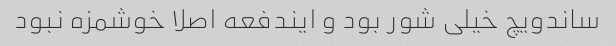
ساندویچ خیلی شور بود و ایندفعه اصلا خوشمزه نبود